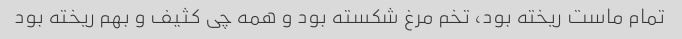
تمام ماست ریخته بود، تخم مرغ شکسته بود و همه چی کثیف و بهم ریخته بود